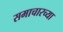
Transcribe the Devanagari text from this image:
समाचारच्या